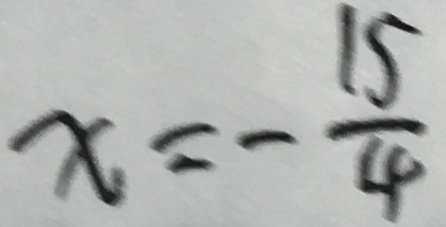
x = - \frac { 1 5 } { 4 }